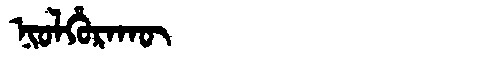
Manchu: ᠨᡳᠣᠯᡥᡠᡵᠠᡴᡡ
Romanization: NIOLHURAKŪ